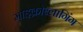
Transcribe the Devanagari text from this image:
माइक्रोब्लागिंग